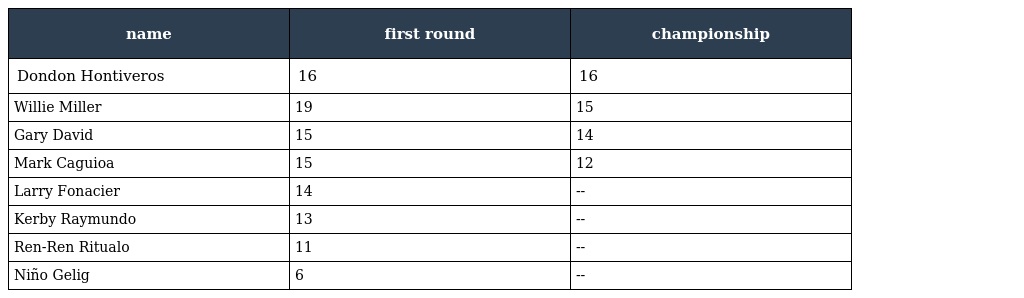
| name | first round | championship |
 | --- | --- | --- |
 | Dondon Hontiveros | 16 | 16 |
 | Willie Miller | 19 | 15 |
 | Gary David | 15 | 14 |
 | Mark Caguioa | 15 | 12 |
 | Larry Fonacier | 14 | -- |
 | Kerby Raymundo | 13 | -- |
 | Ren-Ren Ritualo | 11 | -- |
 | Niño Gelig | 6 | -- |